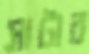
সাটার